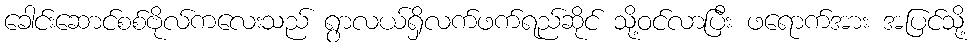
ခေါင်းဆောင်စစ်ဗိုလ်ကလေးသည် ရွာလယ်ရှိလက်ဖက်ရည်ဆိုင် သို့ဝင်လာပြီး ဖရောက်အား အပြင်သို့